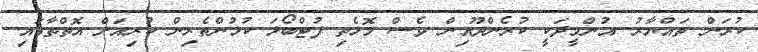
ކުރަން ތައްޔާރު. އުންމީދަކީ ކުރެންދޫއިން ވެސް މޮޅެތި ފުޓްބޯޅަ ކުޅުންތެރިން ކުރިއަށް އޮތްތާގައި